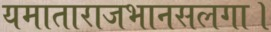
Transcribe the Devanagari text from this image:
यमाताराजभानसलगा।